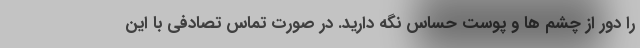
را دور از چشم ها و پوست حساس نگه دارید. در صورت تماس تصادفی با این